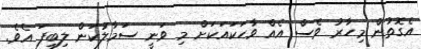
އެގޮތުން މިހާރު ވެސް އެއް ވާހަކައަކަށް މި ވަނީ ސަމާލުކަން ލިބިފަ އެވެ.